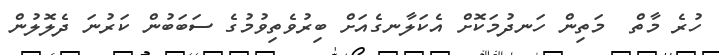
ހުރެ މާތް  މަތިން ހަނދުމަކޮށް އެކަލާނގެއަށް ބިރުވެތިވުމުގެ ސަބަބުން ކަރުނަ ދެލޮލުން